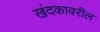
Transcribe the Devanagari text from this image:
खंदकावरील